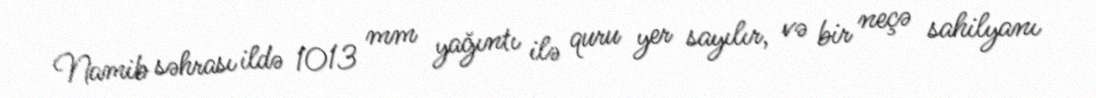
Namib səhrası ildə 1013 mm yağıntı ilə quru yer sayılır, və bir neçə sahilyanı